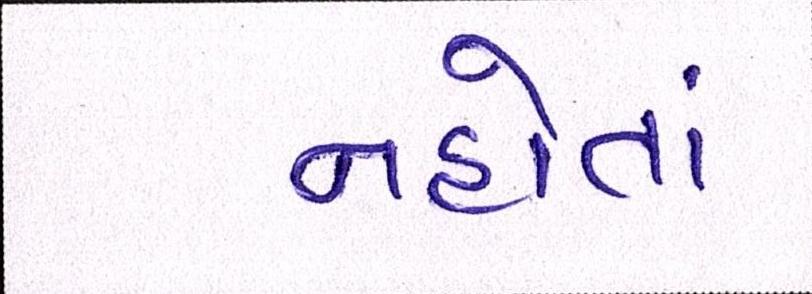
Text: નહોતાં